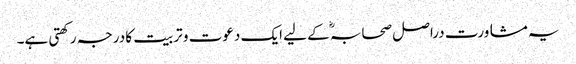
یہ مشاورت دراصل صحابہؓ کے لیے ایک دعوت و تربیت کا درجہ رکھتی ہے۔